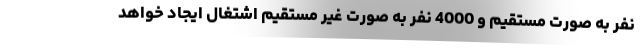
نفر به صورت مستقیم و 4000 نفر به صورت غیر مستقیم اشتغال ایجاد خواهد